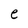
Character: e